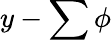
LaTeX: y-\sum\phi